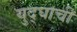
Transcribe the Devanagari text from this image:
युद्घाची